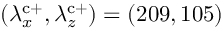
( \lambda _ { x } ^ { \mathrm { c } + } , \lambda _ { z } ^ { \mathrm { c } + } ) = ( 2 0 9 , 1 0 5 )